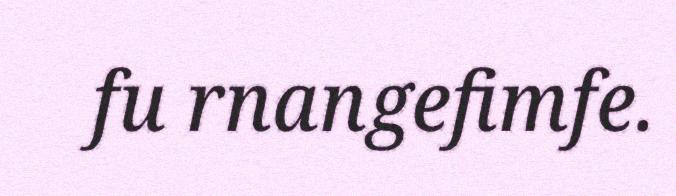
fu rnangefimfe.